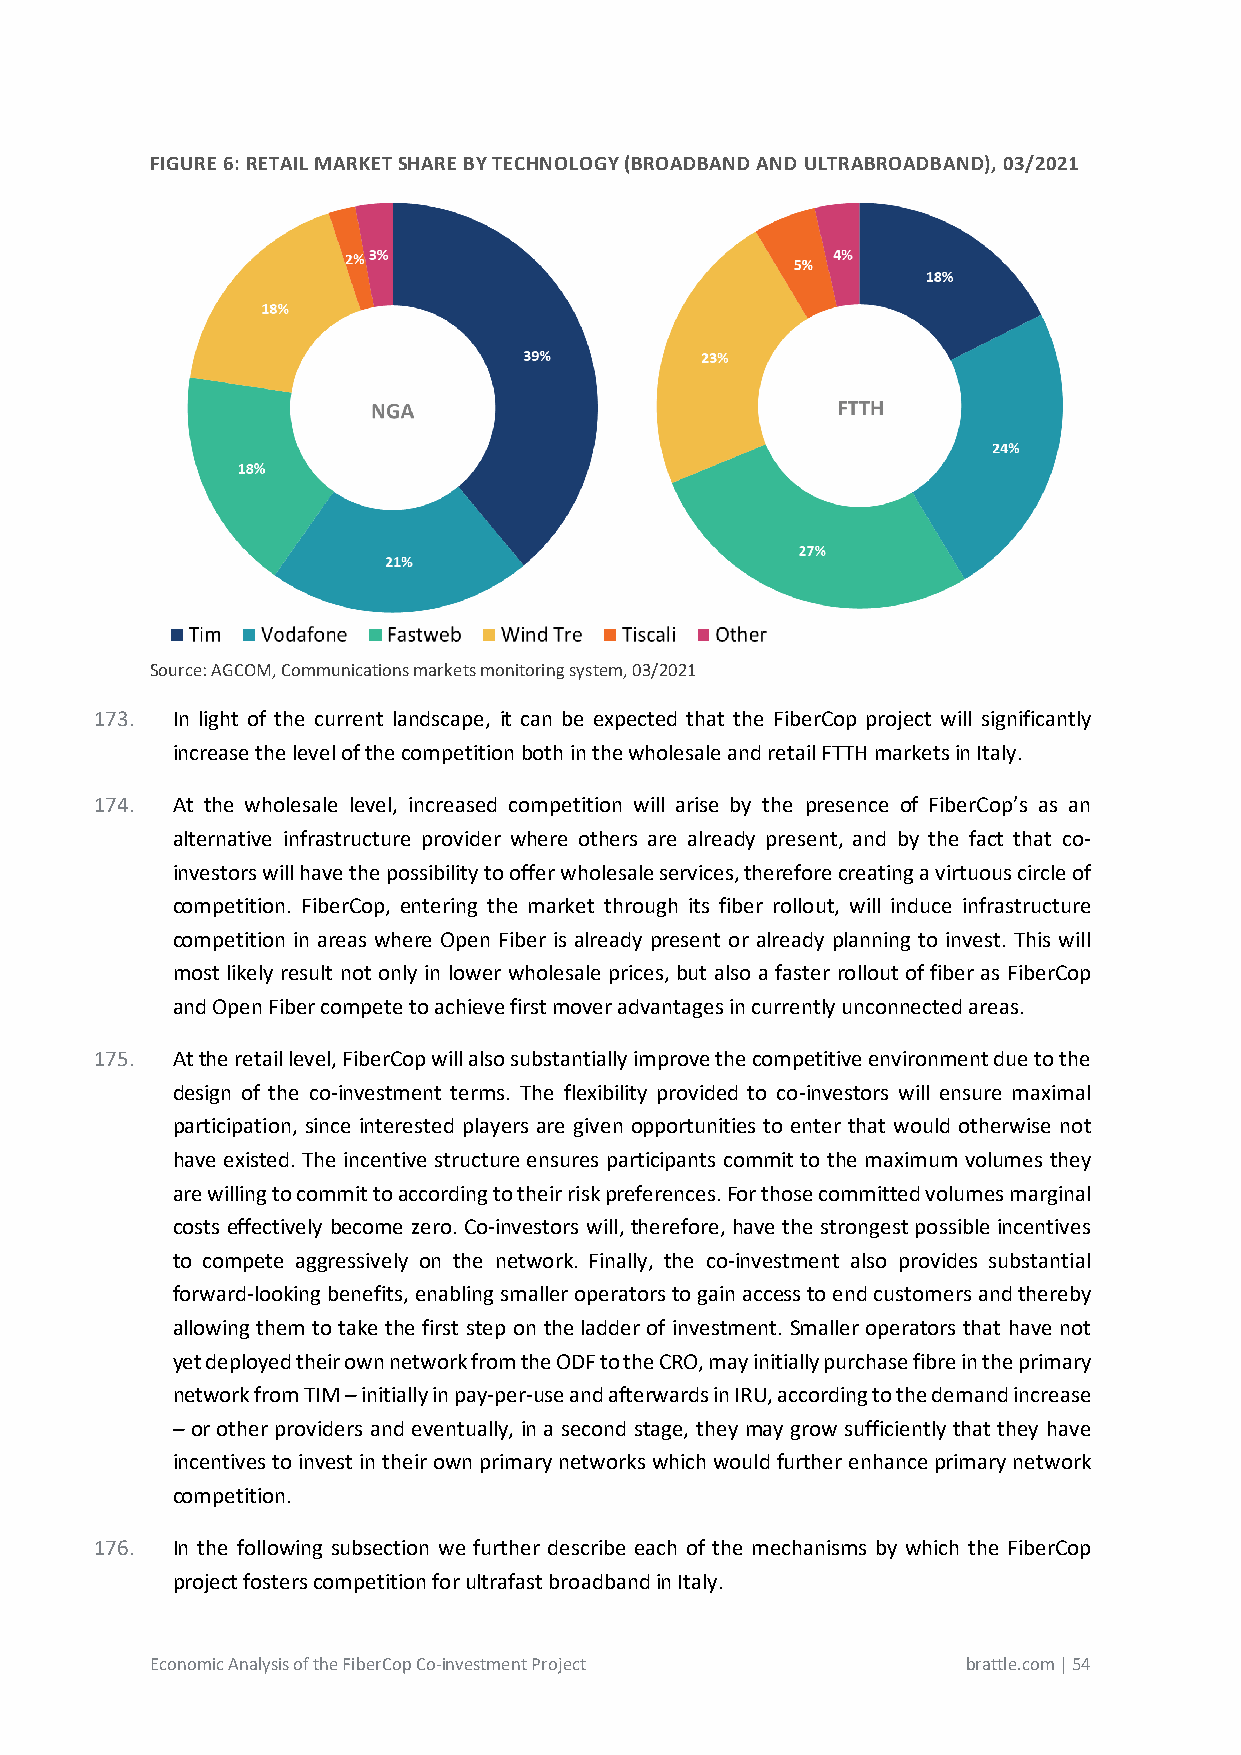
FIGURE 6: RETAIL MARKET SHARE BY TECHNOLOGY (BROADBAND AND ULTRABROADBAND), 03/2021
 Source: AGCOM, Communications markets monitoring system, 03/2021
 173. In light of the current landscape, it can be expected that the FiberCop project will significantly
 increase the level of the competition both in the wholesale and retail FTTH markets in Italy.
 174. At the wholesale level, increased competition will arise by the presence of FiberCop’s as an
 alternative infrastructure provider where others are already present, and by the fact that co-
 investors will have the possibility to offer wholesale services, therefore creating a virtuous circle of
 competition. FiberCop, entering the market through its fiber rollout, will induce infrastructure
 competition in areas where Open Fiber is already present or already planning to invest. This will
 most likely result not only in lower wholesale prices, but also a faster rollout of fiber as FiberCop
 and Open Fiber compete to achieve first mover advantages in currently unconnected areas.
 175. At the retail level, FiberCop will also substantially improve the competitive environment due to the
 design of the co-investment terms. The flexibility provided to co-investors will ensure maximal
 participation, since interested players are given opportunities to enter that would otherwise not
 have existed. The incentive structure ensures participants commit to the maximum volumes they
 are willing to commit to according to their risk preferences. For those committed volumes marginal
 costs effectively become zero. Co-investors will, therefore, have the strongest possible incentives
 to compete aggressively on the network. Finally, the co-investment also provides substantial
 forward-looking benefits, enabling smaller operators to gain access to end customers and thereby
 allowing them to take the first step on the ladder of investment. Smaller operators that have not
 yet deployed their own network from the ODF to the CRO, may initially purchase fibre in the primary
 network from TIM – initially in pay-per-use and afterwards in IRU, according to the demand increase
 – or other providers and eventually, in a second stage, they may grow sufficiently that they have
 incentives to invest in their own primary networks which would further enhance primary network
 competition.
 176. In the following subsection we further describe each of the mechanisms by which the FiberCop
 project fosters competition for ultrafast broadband in Italy.
 Economic Analysis of the FiberCop Co-investment Project brattle.com | 54